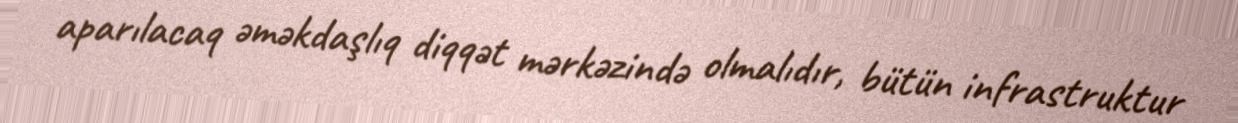
aparılacaq əməkdaşlıq diqqət mərkəzində olmalıdır, bütün infrastruktur